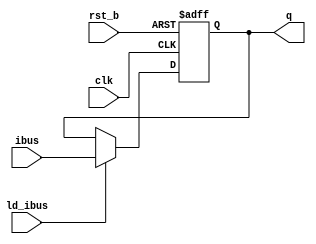
module reg_m (input clk, rst_b, ld_ibus, input [7:0]ibus, output reg [7:0]q);
  always@(posedge clk, negedge rst_b)
    if(!rst_b) q <= 0;
    else if(ld_ibus) q <= ibus;
endmodule